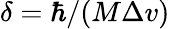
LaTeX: \delta=\hbar/(M\Delta v)